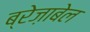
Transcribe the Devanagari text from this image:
ब्रेज़ाबेल